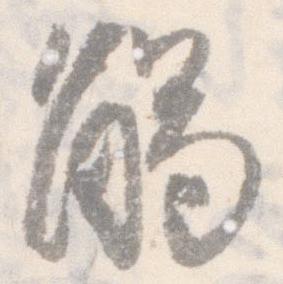
触